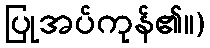
ပြုအပ်ကုန်၏။)